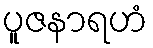
ပူဇနာရဟံ